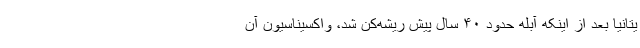
یتانیا بعد از اینکه آبله حدود ۴۰ سال پیش ریشه‌کن شد، واکسیناسیون آن